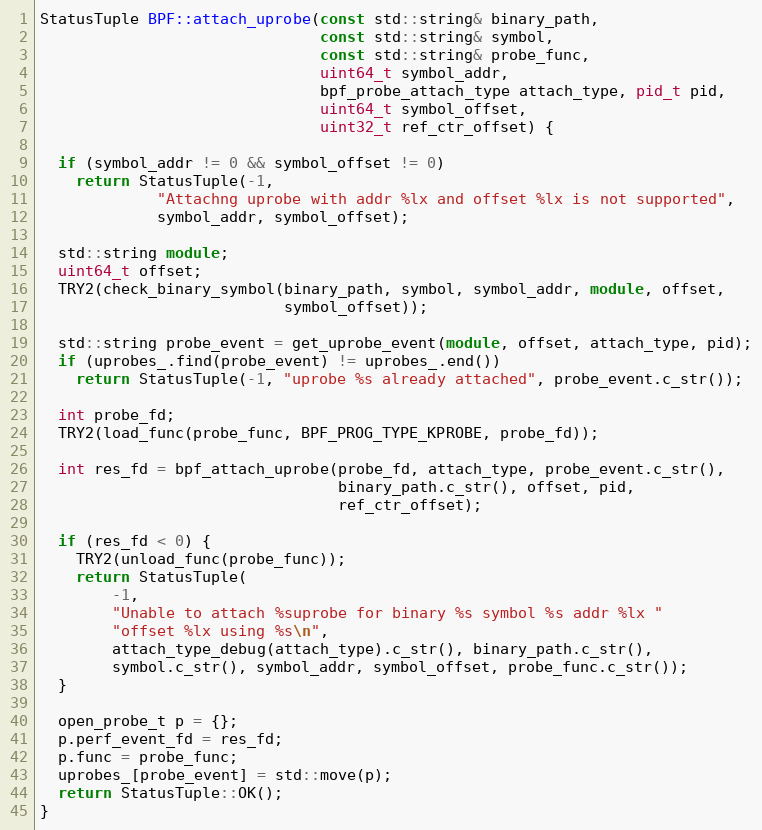
Language: C++
StatusTuple BPF::attach_uprobe(const std::string& binary_path,
                               const std::string& symbol,
                               const std::string& probe_func,
                               uint64_t symbol_addr,
                               bpf_probe_attach_type attach_type, pid_t pid,
                               uint64_t symbol_offset,
                               uint32_t ref_ctr_offset) {

  if (symbol_addr != 0 && symbol_offset != 0)
    return StatusTuple(-1,
             "Attachng uprobe with addr %lx and offset %lx is not supported",
             symbol_addr, symbol_offset);

  std::string module;
  uint64_t offset;
  TRY2(check_binary_symbol(binary_path, symbol, symbol_addr, module, offset,
                           symbol_offset));

  std::string probe_event = get_uprobe_event(module, offset, attach_type, pid);
  if (uprobes_.find(probe_event) != uprobes_.end())
    return StatusTuple(-1, "uprobe %s already attached", probe_event.c_str());

  int probe_fd;
  TRY2(load_func(probe_func, BPF_PROG_TYPE_KPROBE, probe_fd));

  int res_fd = bpf_attach_uprobe(probe_fd, attach_type, probe_event.c_str(),
                                 binary_path.c_str(), offset, pid,
                                 ref_ctr_offset);

  if (res_fd < 0) {
    TRY2(unload_func(probe_func));
    return StatusTuple(
        -1,
        "Unable to attach %suprobe for binary %s symbol %s addr %lx "
        "offset %lx using %s\n",
        attach_type_debug(attach_type).c_str(), binary_path.c_str(),
        symbol.c_str(), symbol_addr, symbol_offset, probe_func.c_str());
  }

  open_probe_t p = {};
  p.perf_event_fd = res_fd;
  p.func = probe_func;
  uprobes_[probe_event] = std::move(p);
  return StatusTuple::OK();
}